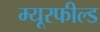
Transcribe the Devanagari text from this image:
म्यूरफील्ड